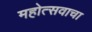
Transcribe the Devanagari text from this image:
महोत्सवाचा